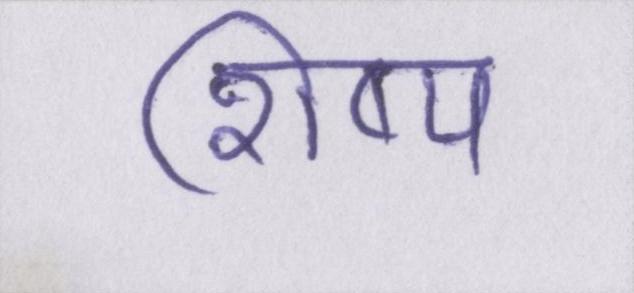
शिष्य